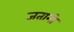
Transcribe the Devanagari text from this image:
जतानी